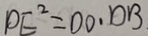
D E ^ { 2 } = D O \cdot D B